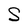
Character: S